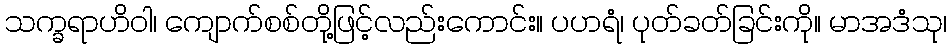
သက္ခရာဟိဝါ၊ ကျောက်စစ်တို့ဖြင့်လည်းကောင်း။ ပဟရံ၊ ပုတ်ခတ်ခြင်းကို။ မာအဒံသု၊